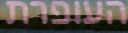
העופרת